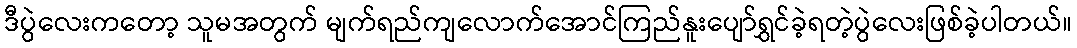
ဒီပွဲလေးကတော့ သူမအတွက် မျက်ရည်ကျလောက်အောင်ကြည်နူးပျော်ရွှင်ခဲ့ရတဲ့ပွဲလေးဖြစ်ခဲ့ပါတယ်။